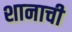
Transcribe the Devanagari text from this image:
शानाची